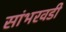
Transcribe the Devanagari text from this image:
सांभरवडी